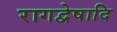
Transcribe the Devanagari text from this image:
रागद्वेषादि